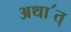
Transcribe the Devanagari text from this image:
अथा॔त्